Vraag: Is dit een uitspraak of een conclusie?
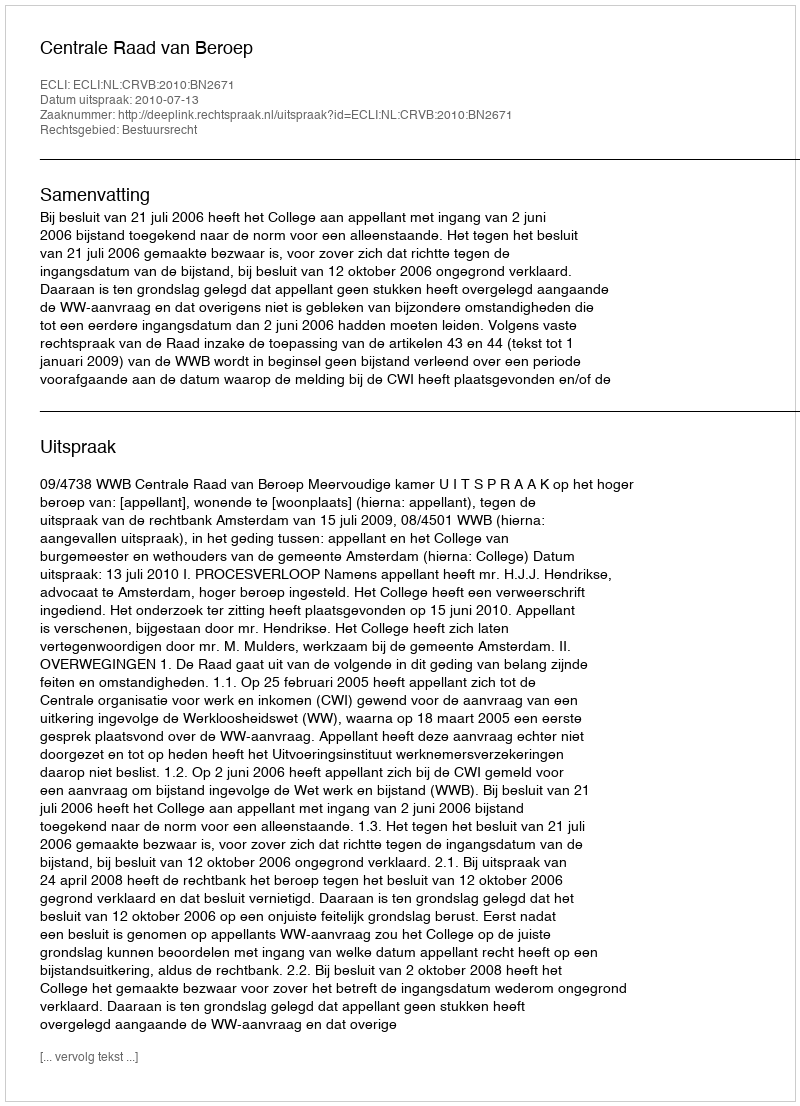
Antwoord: Uitspraak